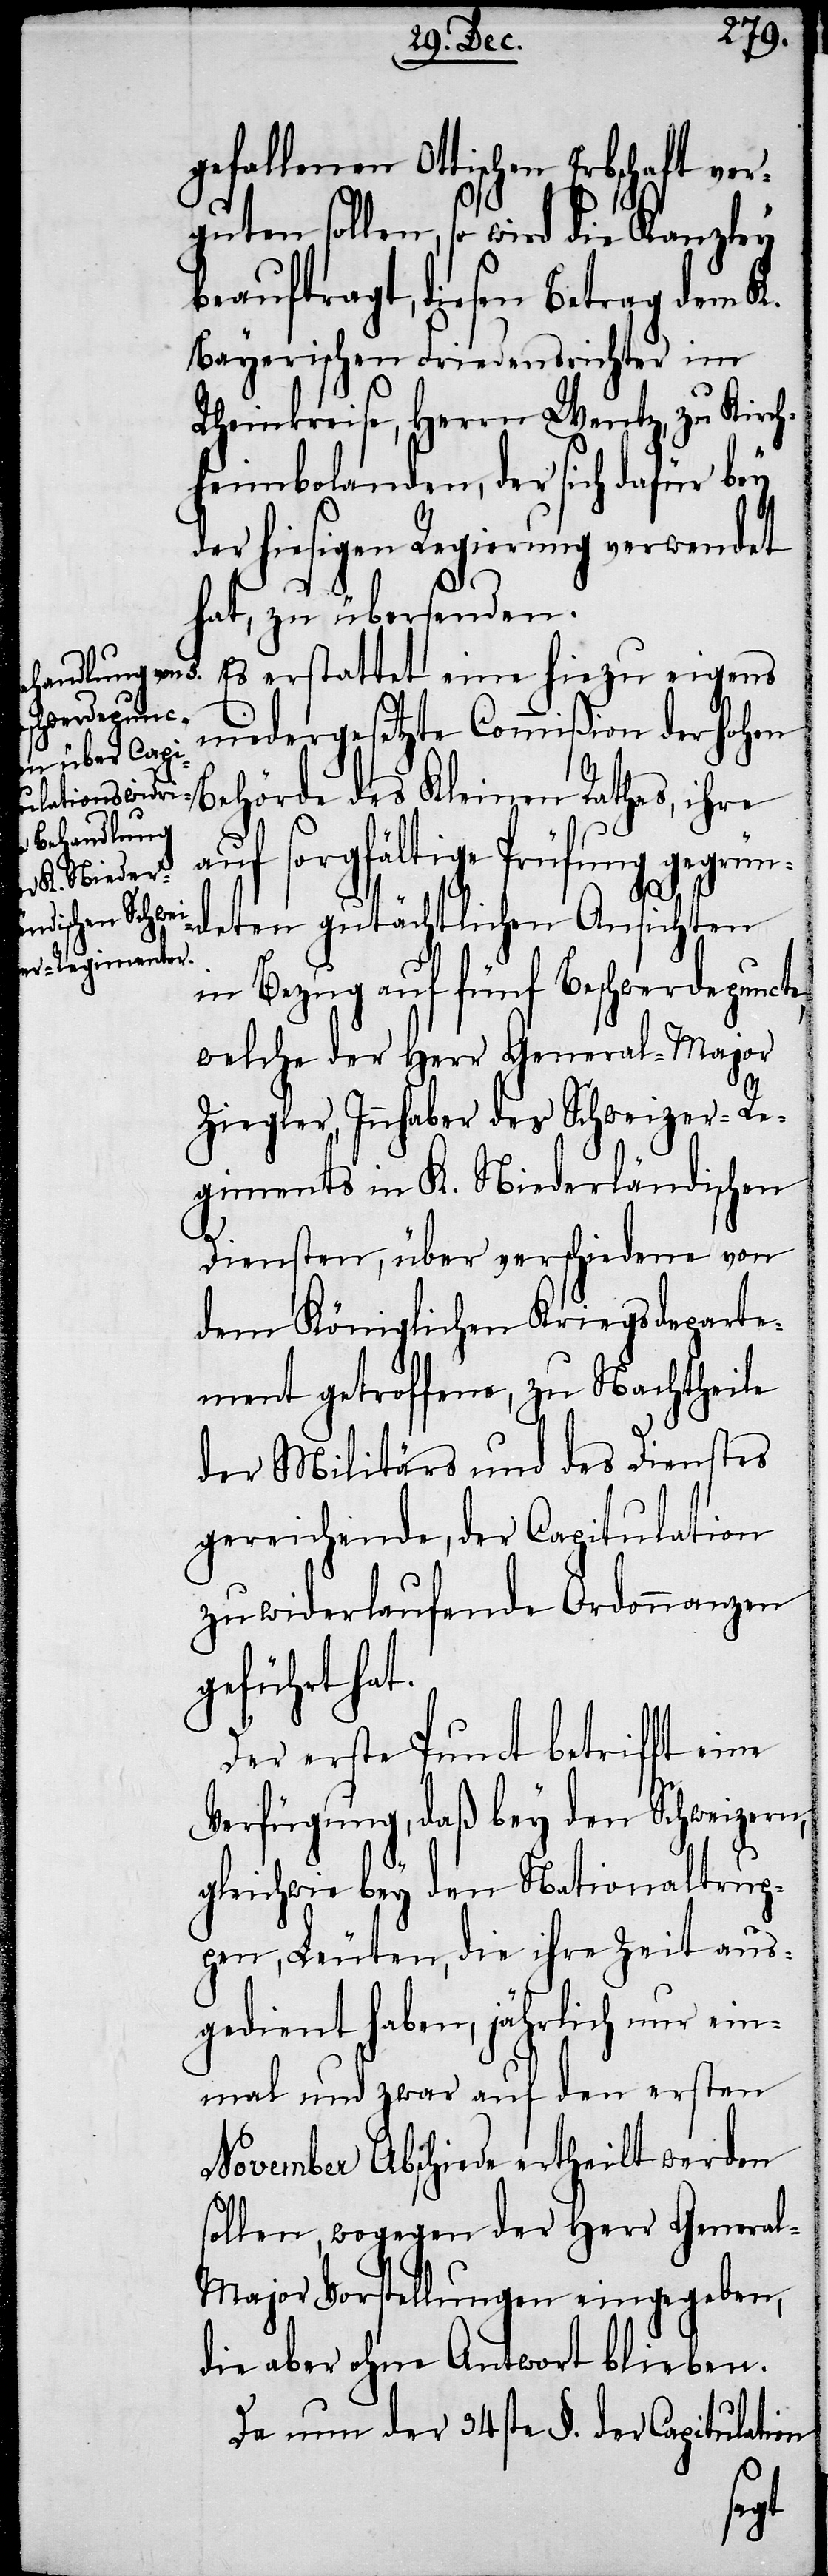
gefallenen Ottischen Erbschaft ver¬
guten sollen, so wird die Kanzley
beauftragt, diesen Betrag dem K.
Bayerischen Friedensrichter im
Rheinkreise, Herrn Wentz, zu Kirch¬
heimbolanden, der sich dafür bey
der hiesigen Regierung verwendet
hat, zu übersenden.
Es erstattet eine hiezu eigens
niedergesetzte Commißion der hohen
Behörde des Kleinen Rathes, ihre
auf sorgfältige Prüfung gegrün¬
deten gutächtlichen Ansichten
in Bezug auf fünf Beschwerdepuncte,
welche der Herr General-Major
Ziegler, Innhaber des Schweizer-Re¬
giments in K. Niederländischen
Diensten, über verschiedene von
dem Königlichen Kriegsdeparte¬
ment getroffene, zu Nachtheile
der Militärs und des Dienstes
gereichende, der Capitulation
zuwiderlaufende Ordonnanzen
geführt hat.
Der erste Punct betrifft eine
Verfügung, daß bey den Schweizern,
gleichwie bey den Nationaltrup¬
pen, Leuten, die ihre Zeit aus¬
gedient haben, jährlich nur ein¬
mal und zwar auf den ersten
November Abschiede ertheilt werden
sollen, wogegen der Herr Genera¬
l-Major Vorstellungen eingegeben,
die aber ohne Antwort blieben.
Da nun der 34ste §. der Capitulation